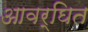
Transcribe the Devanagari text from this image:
आवर्घित